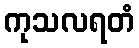
ကုသလရတံ